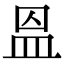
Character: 𥁕